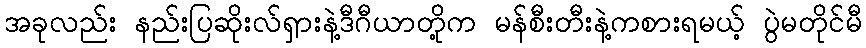
အခုလည်း နည်းပြဆိုးလ်ရှားနဲ့ဒီဂီယာတို့က မန်စီးတီးနဲ့ကစားရမယ့် ပွဲမတိုင်မီ